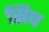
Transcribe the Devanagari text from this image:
सिघ